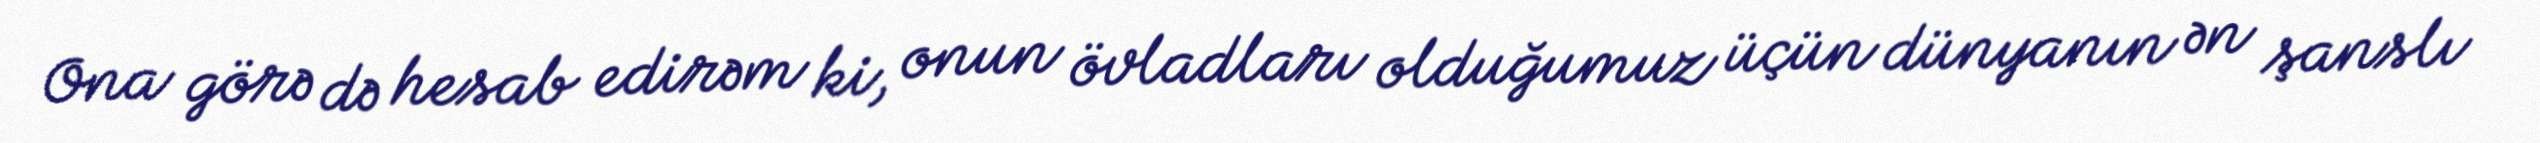
Ona görə də hesab edirəm ki, onun övladları olduğumuz üçün dünyanın ən şanslı